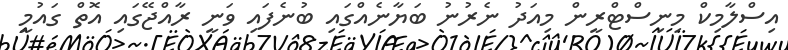
އިސްލާމިކް މިނިސްޓްރީން މިއަދު ނެރުނު ބަޔާނެއްގައި ބުނެފައި ވަނީ ރާއްޖޭގައި އޮތް ގައުމީ